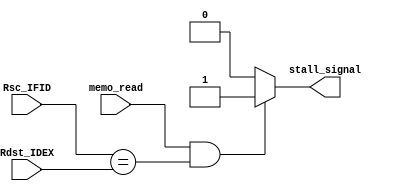
module load_use_case (Rsc_IFID, Rdst_IDEX, memo_read, stall_signal);
input wire [2:0] Rsc_IFID, Rdst_IDEX;
input wire memo_read;
output wire stall_signal;

assign stall_signal = (memo_read == 1'b1 && (Rsc_IFID == Rdst_IDEX)) ? 1 : 0;


endmodule